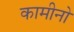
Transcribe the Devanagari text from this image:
कामीनो